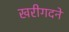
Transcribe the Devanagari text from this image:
खरीगदने